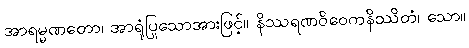
အာရမ္မဏတော၊ အာရုံပြုသောအားဖြင့်။ နိဿရဏဝိဝေကနိဿိတံ၊ သော။